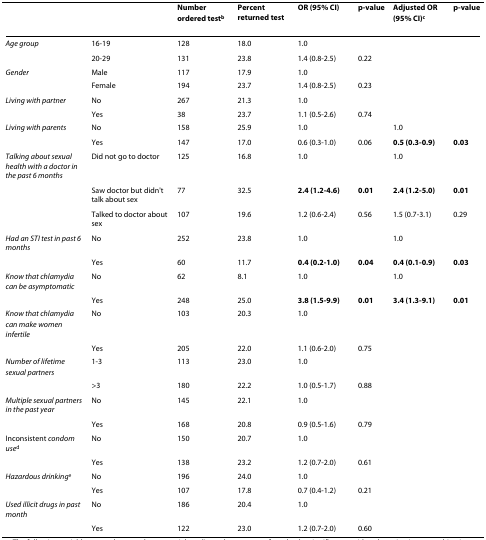
<table><thead><tr><td></td><td></td><td><b>Number ordered test<sup>b</sup></b></td><td><b>Percent returned test</b></td><td><b>OR (95% CI)</b></td><td><b>p-value</b></td><td><b>Adjusted OR (95% CI)<sup>c</sup></b></td><td><b>p-value</b></td></tr></thead><tbody><tr><td><i>Age group</i></td><td>16-19</td><td>128</td><td>18.0</td><td>1.0</td><td></td><td></td><td></td></tr><tr><td></td><td>20-29</td><td>131</td><td>23.8</td><td>1.4 (0.8-2.5)</td><td>0.22</td><td></td><td></td></tr><tr><td><i>Gender</i></td><td>Male</td><td>117</td><td>17.9</td><td>1.0</td><td></td><td></td><td></td></tr><tr><td></td><td>Female</td><td>194</td><td>23.7</td><td>1.4 (0.8-2.5)</td><td>0.23</td><td></td><td></td></tr><tr><td><i>Living with partner</i></td><td>No</td><td>267</td><td>21.3</td><td>1.0</td><td></td><td></td><td></td></tr><tr><td></td><td>Yes</td><td>38</td><td>23.7</td><td>1.1 (0.5-2.6)</td><td>0.74</td><td></td><td></td></tr><tr><td><i>Living with parents</i></td><td>No</td><td>158</td><td>25.9</td><td>1.0</td><td></td><td>1.0</td><td></td></tr><tr><td></td><td>Yes</td><td>147</td><td>17.0</td><td>0.6 (0.3-1.0)</td><td>0.06</td><td><b>0.5 (0.3-0.9)</b></td><td><b>0.03</b></td></tr><tr><td><i>Talking about sexual health with a doctor in the past 6 months</i></td><td>Did not go to doctor</td><td>125</td><td>16.8</td><td>1.0</td><td></td><td>1.0</td><td></td></tr><tr><td></td><td>Saw doctor but didn&#x27;t talk about sex</td><td>77</td><td>32.5</td><td><b>2.4 (1.2-4.6)</b></td><td><b>0.01</b></td><td><b>2.4 (1.2-5.0)</b></td><td><b>0.01</b></td></tr><tr><td></td><td>Talked to doctor about sex</td><td>107</td><td>19.6</td><td>1.2 (0.6-2.4)</td><td>0.56</td><td>1.5 (0.7-3.1)</td><td>0.29</td></tr><tr><td><i>Had an STI test in past 6 months</i></td><td>No</td><td>252</td><td>23.8</td><td>1.0</td><td></td><td>1.0</td><td></td></tr><tr><td></td><td>Yes</td><td>60</td><td>11.7</td><td><b>0.4 (0.2-1.0)</b></td><td><b>0.04</b></td><td><b>0.4 (0.1-0.9)</b></td><td><b>0.03</b></td></tr><tr><td><i>Know that chlamydia can be asymptomatic</i></td><td>No</td><td>62</td><td>8.1</td><td>1.0</td><td></td><td>1.0</td><td></td></tr><tr><td></td><td>Yes</td><td>248</td><td>25.0</td><td><b>3.8 (1.5-9.9)</b></td><td><b>0.01</b></td><td><b>3.4 (1.3-9.1)</b></td><td><b>0.01</b></td></tr><tr><td><i>Know that chlamydia can make women infertile</i></td><td>No</td><td>103</td><td>20.3</td><td>1.0</td><td></td><td></td><td></td></tr><tr><td></td><td>Yes</td><td>205</td><td>22.0</td><td>1.1 (0.6-2.0)</td><td>0.75</td><td></td><td></td></tr><tr><td><i>Number of lifetime sexual partners</i></td><td>1-3</td><td>113</td><td>23.0</td><td>1.0</td><td></td><td></td><td></td></tr><tr><td></td><td>&gt;3</td><td>180</td><td>22.2</td><td>1.0 (0.5-1.7)</td><td>0.88</td><td></td><td></td></tr><tr><td><i>Multiple sexual partners in the past year</i></td><td>No</td><td>145</td><td>22.1</td><td>1.0</td><td></td><td></td><td></td></tr><tr><td></td><td>Yes</td><td>168</td><td>20.8</td><td>0.9 (0.5-1.6)</td><td>0.79</td><td></td><td></td></tr><tr><td>Inconsistent <i>condom use</i><sup>d</sup></td><td>No</td><td>150</td><td>20.7</td><td>1.0</td><td></td><td></td><td></td></tr><tr><td></td><td>Yes</td><td>138</td><td>23.2</td><td>1.2 (0.7-2.0)</td><td>0.61</td><td></td><td></td></tr><tr><td><i>Hazardous drinking</i><sup>e</sup></td><td>No</td><td>196</td><td>24.0</td><td>1.0</td><td></td><td></td><td></td></tr><tr><td></td><td>Yes</td><td>107</td><td>17.8</td><td>0.7 (0.4-1.2)</td><td>0.21</td><td></td><td></td></tr><tr><td><i>Used illicit drugs in past month</i></td><td>No</td><td>186</td><td>20.4</td><td>1.0</td><td></td><td></td><td></td></tr><tr><td></td><td>Yes</td><td>122</td><td>23.0</td><td>1.2 (0.7-2.0)</td><td>0.60</td><td></td><td></td></tr></tbody></table>